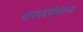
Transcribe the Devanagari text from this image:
नागपंचमीनंतरच्या